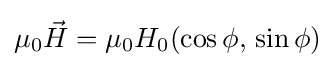
\mu _{0}{\vec {H}}=\mu _{0}H_{0}(\cos \phi ,\,\sin \phi )